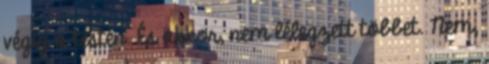
végig a testén. És akkor, nem lélegzett többet. Nem,